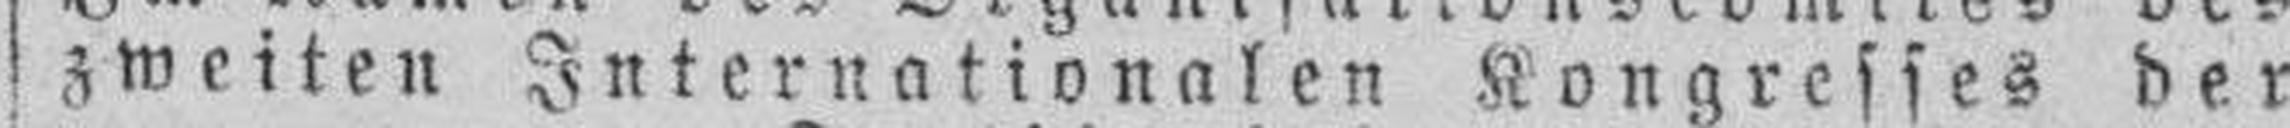
zweiten Internationalen Kongresses der